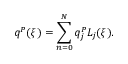
q ^ { P } ( \xi ) = \sum _ { n = 0 } ^ { N } q _ { j } ^ { P } L _ { j } ( \xi ) .